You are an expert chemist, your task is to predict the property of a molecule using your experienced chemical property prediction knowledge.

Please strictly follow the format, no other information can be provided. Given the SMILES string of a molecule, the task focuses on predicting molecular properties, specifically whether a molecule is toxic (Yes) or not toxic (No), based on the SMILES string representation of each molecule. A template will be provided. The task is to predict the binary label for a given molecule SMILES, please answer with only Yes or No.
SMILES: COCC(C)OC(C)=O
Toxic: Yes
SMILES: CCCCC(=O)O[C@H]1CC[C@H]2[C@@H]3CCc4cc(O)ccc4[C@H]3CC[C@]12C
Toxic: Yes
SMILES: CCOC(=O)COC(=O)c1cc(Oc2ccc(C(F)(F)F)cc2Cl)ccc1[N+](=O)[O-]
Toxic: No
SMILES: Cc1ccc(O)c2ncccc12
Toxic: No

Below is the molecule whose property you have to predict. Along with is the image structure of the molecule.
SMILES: O=c1[nH]c2ccccc2c(=O)n1CCCl
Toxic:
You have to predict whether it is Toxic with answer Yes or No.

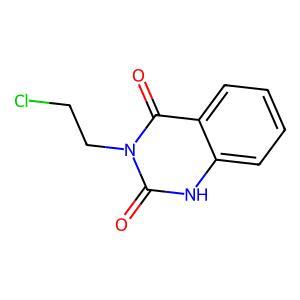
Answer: No